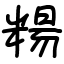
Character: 糃